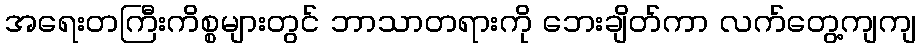
အရေးတကြီးကိစ္စများတွင် ဘာသာတရားကို ဘေးချိတ်ကာ လက်တွေ့ကျကျ